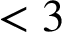
< 3